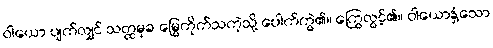
ဝါယော ပျက်လျှင် သတ္ထမုခ မြွေကိုက်သကဲ့သို့ ပေါက်ကွဲ၏။ ကြွေလွင့်၏။ ဝါယောနှံ့သော